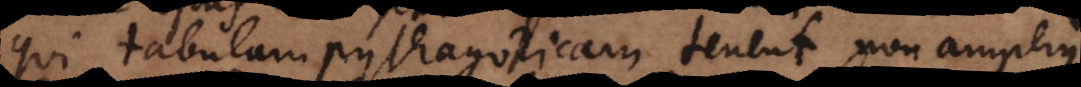
qui tabulam pythagoricam tenent non amplius